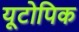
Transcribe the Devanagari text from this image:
यूटोपिक